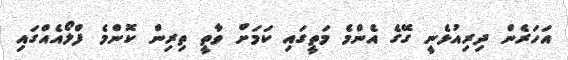
އަހަރެން ދިރިއުޅެނީ ގޭގެ އެންމެ މަތީގައި ކަމަށް ވާތީ ތިރިން ކޮންމެ ފްލޯއެއްގައި